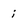
Character: i